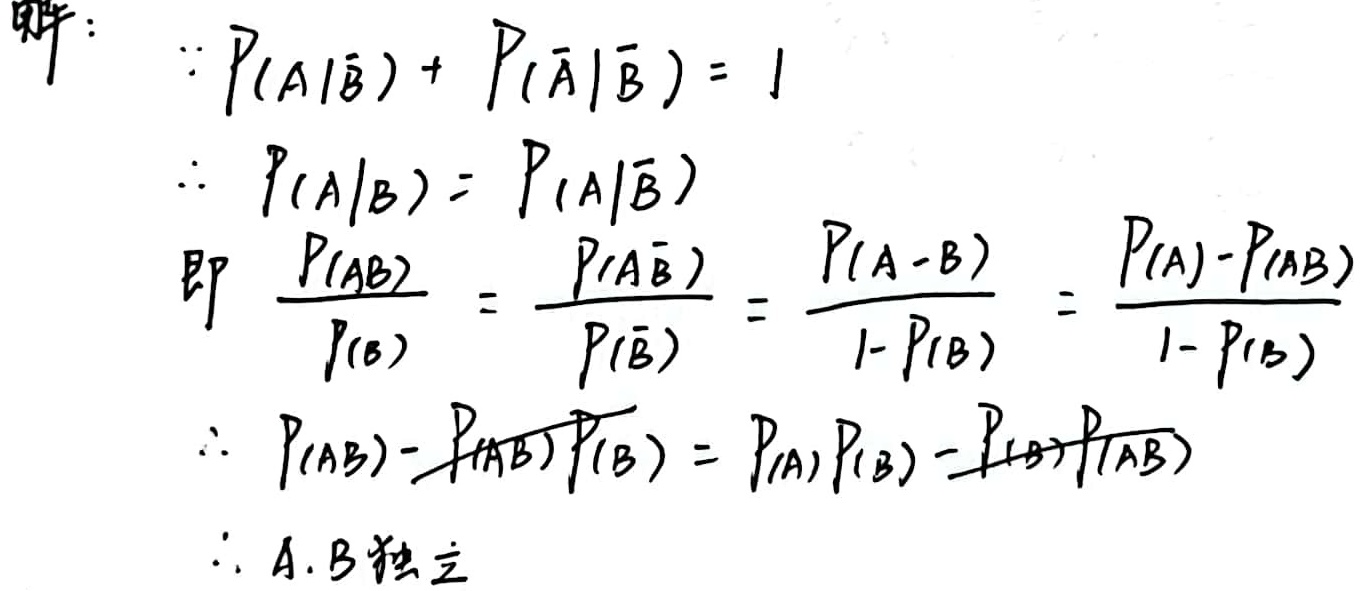
解：
\(\because P(A|\overline{B}) + P(\overline{A}|\overline{B}) = 1\)
\(\therefore P(A|B)=P(A|\overline{B})\)
即 \(\frac{P(AB)}{P(B)}=\frac{P(A\overline{B})}{P(\overline{B})}=\frac{P(A - B)}{1 - P(B)}=\frac{P(A)-P(AB)}{1 - P(B)}\)
\(\therefore P(AB)-P(AB)P(B)=P(A)P(\overline{B})-P(\overline{B})P(AB)\)
\(\therefore A,B独立\)